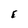
Character: E